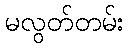
မလွတ်တမ်း